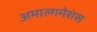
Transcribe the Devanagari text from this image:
अमाल्गमेशंस